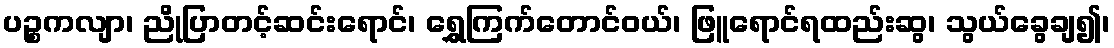
ပဉ္စကလျာ၊ ညိုပြာတင့်ဆင်းရောင်၊ ရွှေကြက်တောင်ဝယ်၊ ဖြူရောင်ရထည်းဆွ၊ သွယ်ခွေချ၍၊